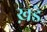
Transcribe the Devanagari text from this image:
ख़डे